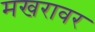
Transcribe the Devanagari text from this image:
मखरावर